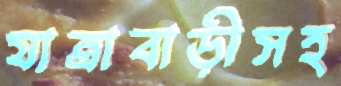
যাত্রাবাড়ীসহ